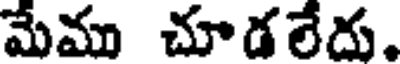
మేము చూడలేదు.